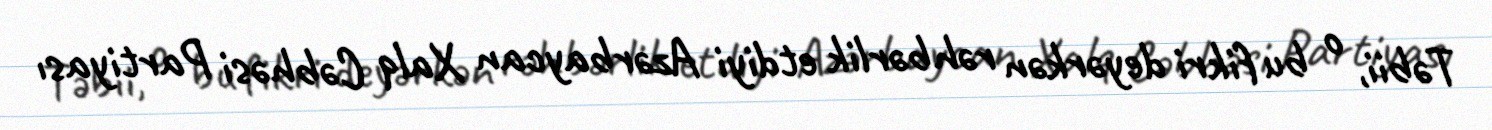
Təbii, o bu fikri deyərkən rəhbərlik etdiyi Azərbaycan Xalq Cəbhəsi Partiyası